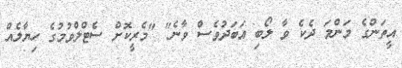
އީތަންގެ މަންމަ ދެކެ ވާ ލޯބި އަބަދުވެސް ވާނެ" "މެރީކޮށް ސެޓްލްވުމުގެ ހިޔާލެއް